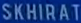
SKHIRAT